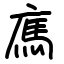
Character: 𢉿